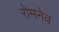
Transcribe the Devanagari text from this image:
रोमनेव